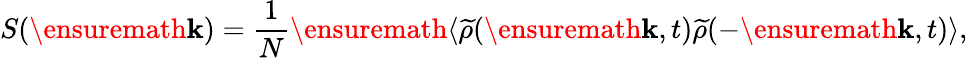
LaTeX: S(\ensuremath{\textbf{k}})=\frac{1}{N}\ensuremath{\langle{\widetilde{\rho}(\ensuremath{\textbf{k}},t)\widetilde{\rho}(-\ensuremath{\textbf{k}},t)}\rangle},